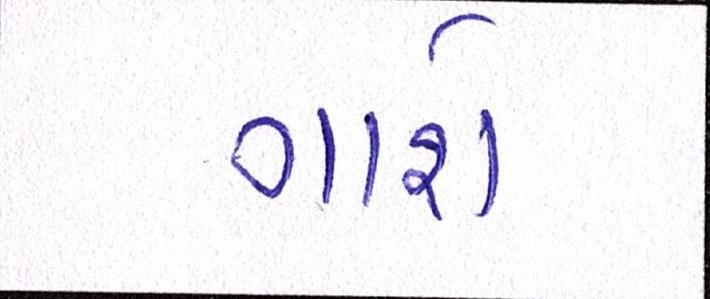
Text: ગાશે